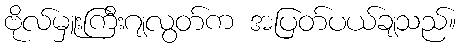
ဗိုလ်မှူးကြီးဂျလွတ်က အပြတ်ပယ်ချသည်။